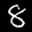
Label: 8